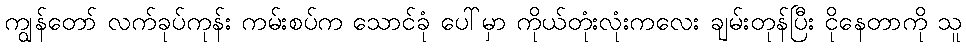
ကျွန်တော် လက်ခုပ်ကုန်း ကမ်းစပ်က သောင်ခုံ ပေါ်မှာ ကိုယ်တုံးလုံးကလေး ချမ်းတုန်ပြီး ငိုနေတာကို သူ